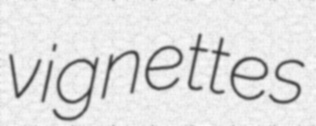
vignettes